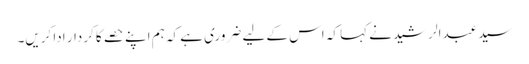
سید عبدالرشید نے کہا کہ اس کے لیے ضروری ہے کہ ہم اپنے حصے کا کردار ادا کریں۔